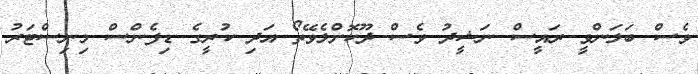
ވެސް ބަލަންވީ ރައީސް ނަޝީދު ވެސް ދޫކޮށްލެވޭތޯ އަދި ކުރީގެ ޑިފެންސް މިނިސްޓަރު